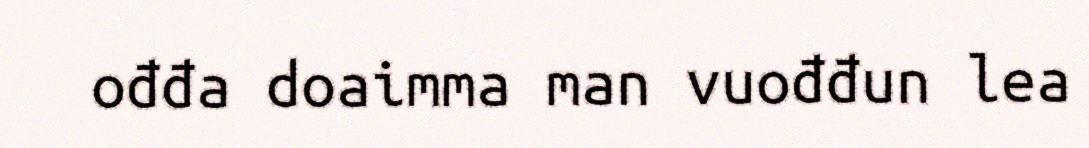
ođđa doaimma man vuođđun lea